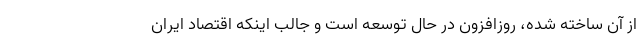
از آن ساخته شده، روزافزون در حال توسعه است و جالب اینکه اقتصاد ایران